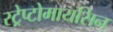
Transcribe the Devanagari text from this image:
स्ट्रेप्टोमायसिन